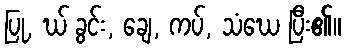
ပြု, ဃ် ခွင်း, ချေ, ကပ်, သံဃေ ပြီး၏။